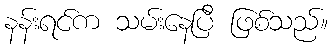
နန်းရင်က သမ်းနေပြီ ဖြစ်သည်။